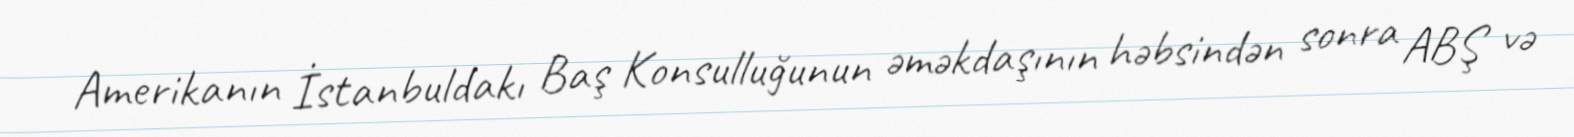
Amerikanın İstanbuldakı Baş Konsulluğunun əməkdaşının həbsindən sonra ABŞ və